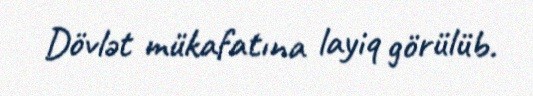
Dövlət mükafatına layiq görülüb.